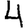
Digit: 4